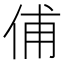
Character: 俌